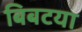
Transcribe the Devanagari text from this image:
बिबटया